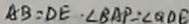
A B = D E \cdot \angle B A P = \angle Q D E